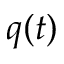
q ( t )